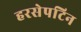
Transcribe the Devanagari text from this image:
हरसेपटिन